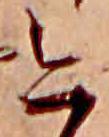
今